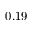
0 . 1 9